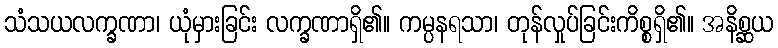
သံသယလက္ခဏာ၊ ယုံမှားခြင်း လက္ခဏာရှိ၏။ ကမ္ပနရသာ၊ တုန်လှုပ်ခြင်းကိစ္စရှိ၏။ အနိစ္ဆယ